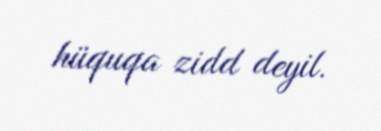
hüquqa zidd deyil.